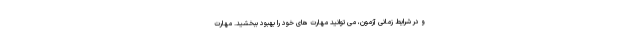
و در شرایط زمانی آزمون، می توانید مهارت های خود را بهبود ببخشید. مهارت